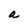
Character: a